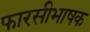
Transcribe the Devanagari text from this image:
फारसीभाषक